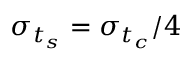
\sigma _ { t _ { s } } = \sigma _ { t _ { c } } / 4